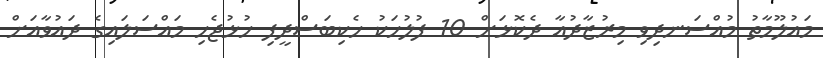
މައުލޫމާތު މުއްސަނދިވި މިރުޒާދުއާ ދެކޮޅަށް 10 ފުލުހަކު ހެކިބަސްދީފި ހުޅުޖެހި މައްސަލައިގެ ދައުވާއަށް